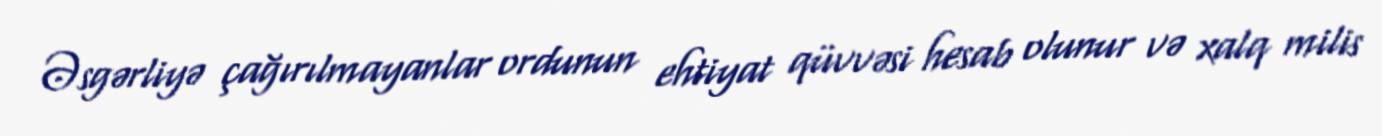
Əsgərliyə çağırılmayanlar ordunun ehtiyat qüvvəsi hesab olunur və xalq milis